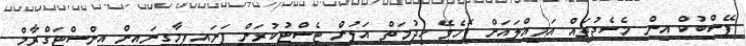
ފޭސްބުކް އިން މެސެޖުތައް އަމިއްލައަށް ފޮހެވޭ ހިދުމަތް އަލުން ޓެސްޓުކުރަން ފަށައިފިމާގިނައިން އިންސްޓަގްރާމް